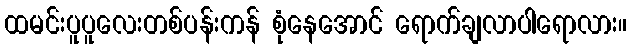
ထမင်းပူပူလေးတစ်ပန်းကန် စုံနေအောင် ရောက်ချလာပါရောလား။